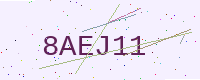
Text: 8AEJ11